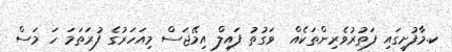
ކ.މާފުށީގައި ފަތުރުވެރިންތަކެއް  ވަގުތު ފައިލް އިމޭޖަސް މިއަހަރުގެ ފުރަތަމަ ހަ މަސް